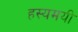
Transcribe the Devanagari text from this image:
हस्यमयी